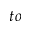
t o